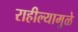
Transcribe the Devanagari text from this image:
राहील्यामुळे